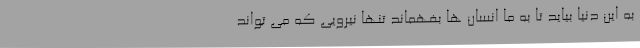
به این دنیا بیاید تا به ما انسان ها بفهماند تنها نیرویی که می تواند